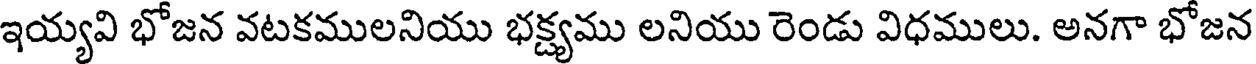
ఇయ్యవి భోజన వటకములనియు భక్ష్యము లనియు రెండు విధములు. అనగా భోజన